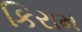
કિરામ